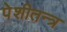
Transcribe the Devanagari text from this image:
पेशीतन्त्र